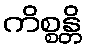
ကိစ္စန္တိ